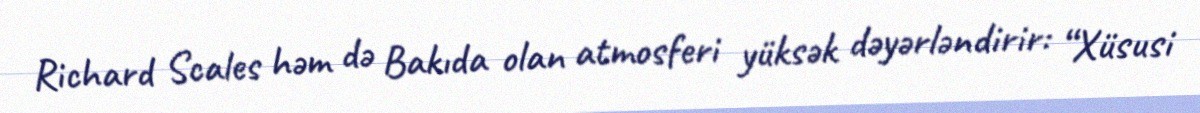
Richard Scales həm də Bakıda olan atmosferi yüksək dəyərləndirir: “Xüsusi